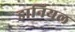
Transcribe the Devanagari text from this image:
डानियल